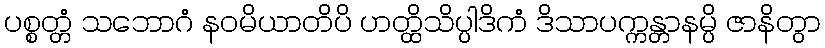
ပစ္စတ္တံ သဘောဂံ နဝမိယာတိပိ ဟတ္ထိသိပ္ပါဒိကံ ဒိသာပက္ကန္တာနမ္ပိ ဇာနိတွာ